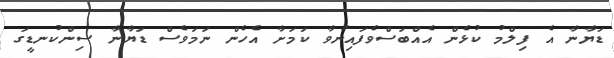
ޑަޔާނާ އެ ފިލްމު ކުޅެން އެއްބަސްވެފައިނުވާ ކަމަށާ އެހެން ނަމަވެސް ޑަޔާނާ ސިންކުނޑީގަ